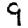
Digit: 9